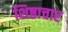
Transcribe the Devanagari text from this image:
शिष्ठाचार